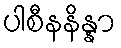
ပါစီနနိန္နာ